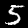
Digit: 5